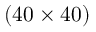
( 4 0 \times 4 0 )